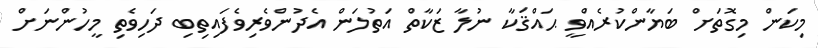
މިކަން މިގޮތަށް ބަޔާންކުރެއްވީ ޙައްޤަކާ ނުލާ ޒަކާތް އަތުލަން އެދުންވެރިވެފައިތިބި ދަހިވެތި މީހުންނަށް